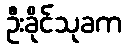
ဦးခိုင်သုခက